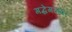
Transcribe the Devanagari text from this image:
गद्धेगळवर